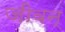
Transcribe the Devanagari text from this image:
जीवन्